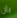
بأن